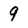
Character: 9